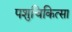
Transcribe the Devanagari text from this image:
पशुचिकित्‍सा